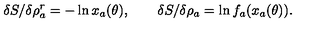
\delta S / \delta \rho _ { a } ^ { r } = - \ln x _ { a } ( \theta ) , \qquad \delta S / \delta \rho _ { a } = \ln f _ { a } ( x _ { a } ( \theta ) ) .